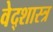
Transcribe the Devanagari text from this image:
वेद्शास्त्र